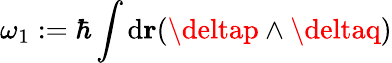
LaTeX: \omega_{1}:=\hbar\int\mathrm{d}{\mathbf{r}}(\deltap\wedge\deltaq)